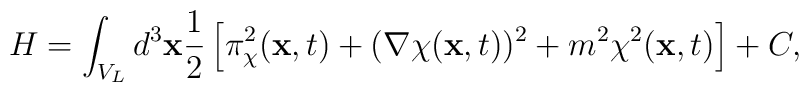
H=\int_{V_L} d^3{\bf x} \frac{1}{2} \left[ \pi_{\chi}^2({\bf x},t)+({\bf \nabla} \chi ({\bf x},t))^2+m^2\chi^2({\bf x},t) \right] + C,